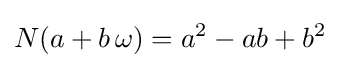
N(a+b\,\omega )=a^{2}-ab+b^{2}